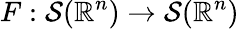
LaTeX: F:{\mathcal{S}}(\mathbb{R}^{n})\to{\mathcal{S}}(\mathbb{R}^{n})